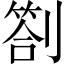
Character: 劄